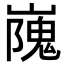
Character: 㠕